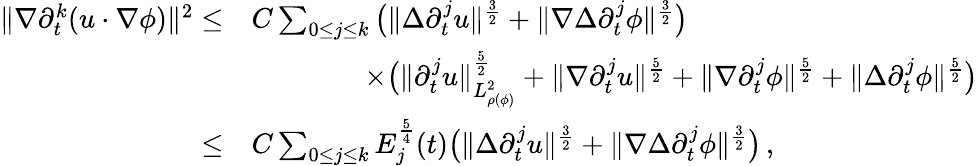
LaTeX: \begin{array}{rl}{\| \nabla\partial_{t}^{k}(u\cdot\nabla\phi)\| ^{2}\leq}&{C\sum_{0\leq j\leq k}\big(\| \Delta\partial_{t}^{j}u\| ^{\frac{3}{2}}+\| \nabla\Delta\partial_{t}^{j}\phi\| ^{\frac{3}{2}}\big)}\\ &{\qquad\qquad\times\big(\| \partial_{t}^{j}u\| _{L_{\rho(\phi)}^{2}}^{\frac{5}{2}}+\| \nabla\partial_{t}^{j}u\| ^{\frac{5}{2}}+\| \nabla\partial_{t}^{j}\phi\| ^{\frac{5}{2}}+\| \Delta\partial_{t}^{j}\phi\| ^{\frac{5}{2}}\big)}\\ {\leq}&{C\sum_{0\leq j\leq k}E_{j}^{\frac{5}{4}}(t)\big(\| \Delta\partial_{t}^{j}u\| ^{\frac{3}{2}}+\| \nabla\Delta\partial_{t}^{j}\phi\| ^{\frac{3}{2}}\big)\, ,}\end{array}